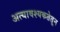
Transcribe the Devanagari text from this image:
अत्यावश्यकतेतून